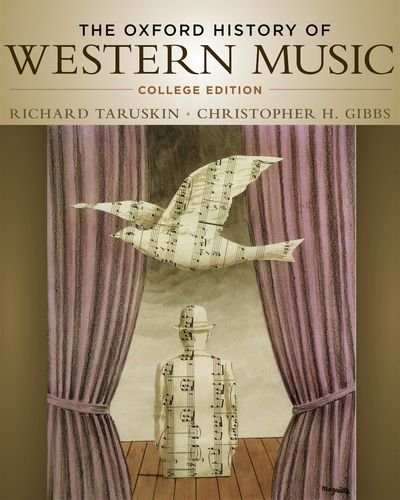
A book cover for The Oxford History of Western Music: College Edition; Richard Taruskin; Arts & Photography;